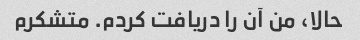
حالا، من آن را دریافت کردم. متشکرم